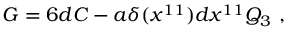
G = 6 d C - a \delta ( x ^ { 1 1 } ) d x ^ { 1 1 } Q _ { 3 } \ ,